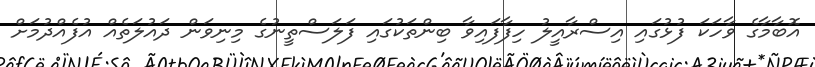
އޮބާމާގެ ވާހަކަ ފުޅުގައި އިސްރާއީލު ހިފާފައިވާ ބިންތަކުގައި ފަލަސްތީނުގެ މިނިވަން ދައުލަތެއް އުފެއްދުމަށް